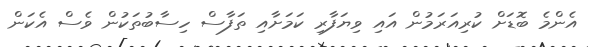
އެންމެ ބޮޑަށް ކުރިއަރަމުން އައި ވިޔަފާރި ކަމަށާއި ތަފާސް ހިސާބުތަކުން ވެސް އެކަން